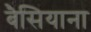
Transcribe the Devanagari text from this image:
बैसियाना